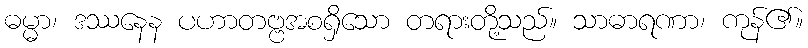
ဓမ္မာ၊ ဒဿနေန ပဟာတဗ္ဗအစရှိသော တရားတို့သည်။ သာဓာရဏာ၊ ကုန်၏။